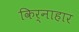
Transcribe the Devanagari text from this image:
किर्नाहार